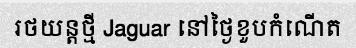
រថយន្តថ្មី Jaguar នៅថ្ងៃខួបកំណើត